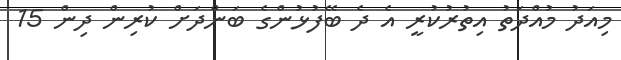
މިއަދު މުއްދަތު އިތުރުކުރީ އެ ދެ ބޭފުޅުންގެ ބަންދަށް ކުރިން ދިން 15